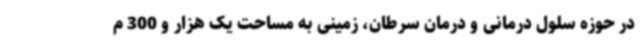
در حوزه سلول درمانی و درمان سرطان، زمینی به مساحت یک هزار و 300 م